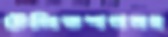
টেলিভশনসহ